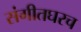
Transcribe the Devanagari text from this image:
संगीतघरच